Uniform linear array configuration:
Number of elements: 24
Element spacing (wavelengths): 0.25
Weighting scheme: blackman
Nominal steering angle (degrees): -30
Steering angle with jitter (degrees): -28.125
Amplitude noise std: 0.05
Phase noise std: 0.05

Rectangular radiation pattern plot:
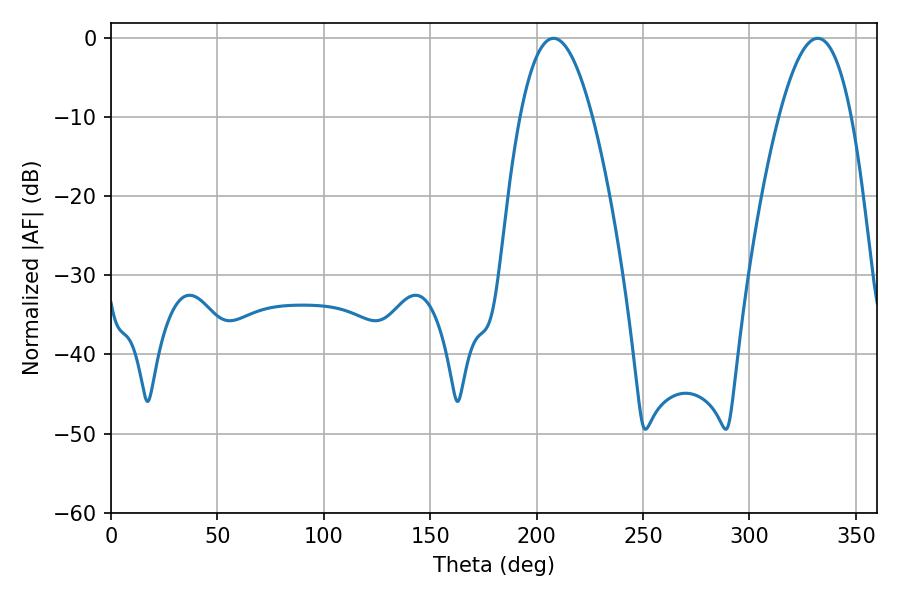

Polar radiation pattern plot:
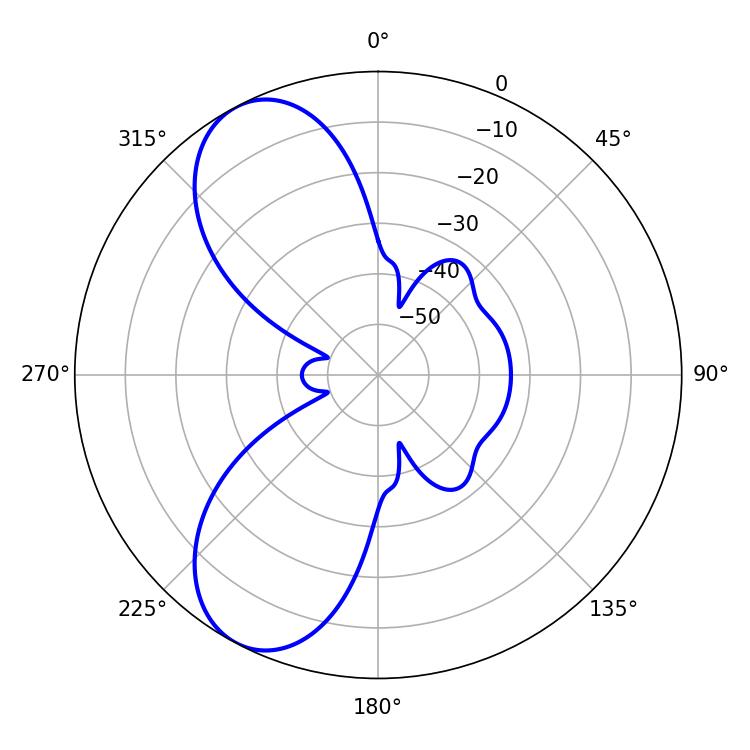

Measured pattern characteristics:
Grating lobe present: FALSE
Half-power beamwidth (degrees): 18.54
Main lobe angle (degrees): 207.9